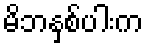
မိဘနှစ်ပါးက